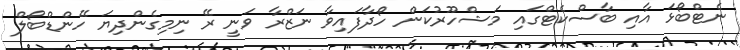
ނެޓްބޯޅަ އާއި ބާސްކެޓްގައި މަޝްހޫރުކަން ހޯދާފައިވާ ނަޒްރާ ވަނީ ރޭ ނިމިގެންދިޔަ ހޭންޑްބޯލް